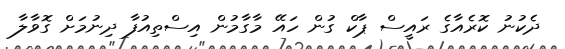
ދެކުނު ކޮރެއާގެ ރައީސް ޕާކް ގުން ހައޭ މާގާމުން އިސްތިއުފާ ދިނުމަށް ގޮވާލާ